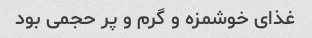
غذای خوشمزه و گرم و پر حجمی بود